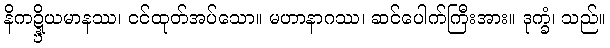
နိကဍ္ဍ္ဎိယမာနဿ၊ ငင်ထုတ်အပ်သော။ မဟာနာဂဿ၊ ဆင်ပေါက်ကြီးအား။ ဒုက္ခံ၊ သည်။